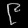
Digit: ၉